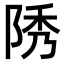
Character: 𨹳